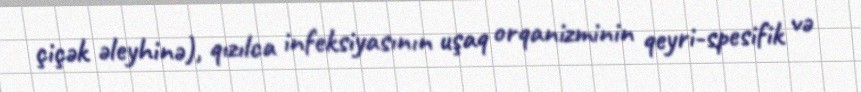
çiçək əleyhinə), qızılca infeksiyasının uşaq orqanizminin qeyri-spesifik və